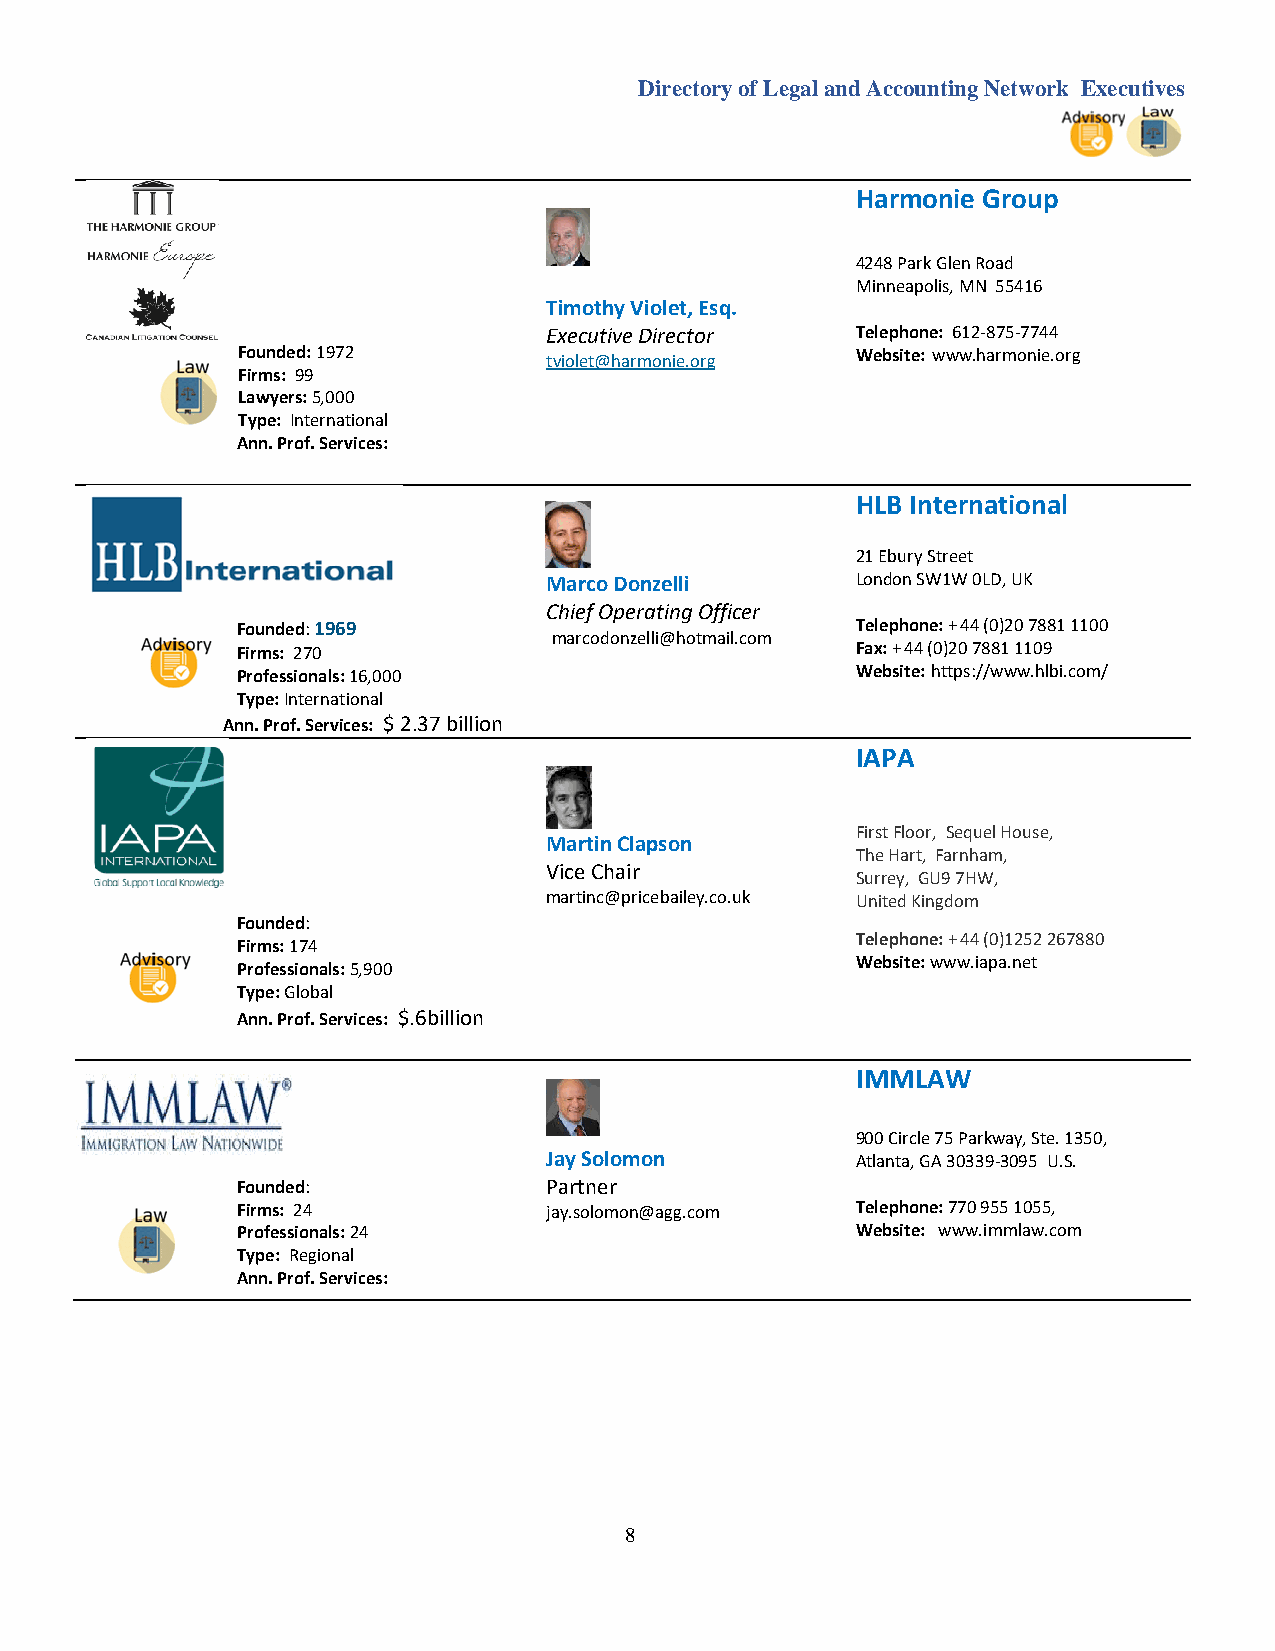
Directory of Legal and Accounting Network Executives
 Harmonie Group
 4248 Park Glen Road
 Minneapolis, MN 55416
 Timothy Violet, Esq.
 Executive Director   Telephone: 612-875-7744
 Founded: 1972       tviolet@harmonie.org Website: www.harmonie.org
 Firms: 99
 Lawyers: 5,000
 Type: International
 Ann. Prof. Services:
 HLB International
 21 Ebury Street
 Marco Donzelli       London SW1W 0LD, UK
 Chief Operating Officer
 Founded: 1969
 marcodonzelli@hotmail.com
 Telephone: + 44 (0)20 7881 1100
 Firms: 270                               Fax: + 44 (0)20 7881 1109
 Professionals: 16,000                    Website: https://www.hlbi.com/
 Type: International
 Ann. Prof. Services: $ 2.37 billion
 IAPA
 First Floor, Sequel House,
 Martin Clapson
 The Hart, Farnham,
 Vice Chair
 Surrey, GU9 7HW,
 martinc@pricebailey.co.uk United Kingdom
 Founded:
 Telephone: + 44 (0)1252 267880
 Firms: 174
 Website: www.iapa.net
 Professionals: 5,900
 Type: Global
 Ann. Prof. Services: $.6billion
 IMMLAW
 900 Circle 75 Parkway, Ste. 1350,
 Jay Solomon          Atlanta, GA 30339-3095 U.S.
 Founded:            Partner
 Firms: 24           jay.solomon@agg.com  Telephone: 770 955 1055,
 Professionals: 24                        Website: www.immlaw.com
 Type: Regional
 Ann. Prof. Services:
 8